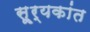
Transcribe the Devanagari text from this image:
सू्र्यकांत